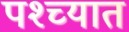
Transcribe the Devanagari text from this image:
पश्‍च्यात